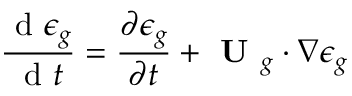
\frac { \mathrm { ~ d ~ } \epsilon _ { g } } { \mathrm { ~ d ~ } t } = \frac { \partial \epsilon _ { g } } { \partial t } + \textbf { U } _ { g } \cdot \nabla \epsilon _ { g }